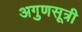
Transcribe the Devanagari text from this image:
अगुणसूत्री